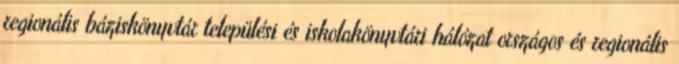
regionális báziskönyvtár települési és iskolakönyvtári hálózat országos és regionális